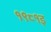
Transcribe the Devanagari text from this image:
१९८१इ